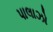
પાલાઝો